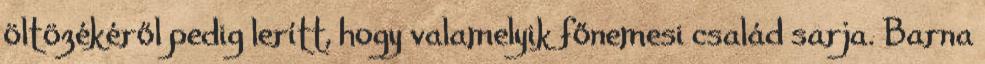
öltözékéről pedig lerítt, hogy valamelyik főnemesi család sarja. Barna